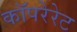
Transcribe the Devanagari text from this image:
कॉपरेरेट